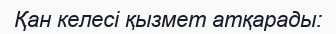
Қан келесі қызмет атқарады: